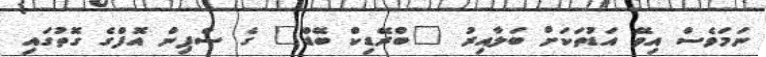
ނަމަވެސް އިވޭ އަޑުތަކަށް ބަލާއިރު "ބްރޭޑިކް ބޭޑް" ގެ ސްޕިން އޮފްގެ ގޮތުގައި